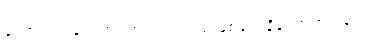
တောင့်တခြင်းတဏှာကင်းသည်ဖြစ်၍။ နိလ္လောဘပါပေါ၊